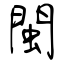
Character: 閩